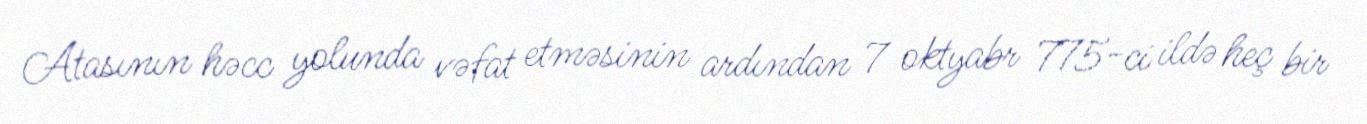
Atasının həcc yolunda vəfat etməsinin ardından 7 oktyabr 775-ci ildə heç bir